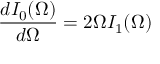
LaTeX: \frac { d I _ { 0 } ( \Omega ) } { d \Omega } = 2 \Omega I _ { 1 } ( \Omega )